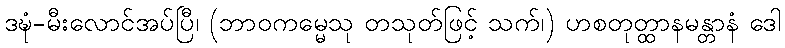
ဒဍ္ဎံ-မီးလောင်အပ်ပြီ၊ (ဘာဝကမ္မေသု တသုတ်ဖြင့် သက်၊) ဟစတုတ္ထာနမန္တာနံ ဒေါ